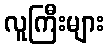
လူကြီးများ